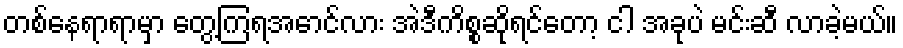
တစ်နေရာရာမှာ တွေ့ကြရအောင်လား အဲဒီကိစ္စဆိုရင်တော့ ငါ အခုပဲ မင်းဆီ လာခဲ့မယ်။